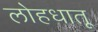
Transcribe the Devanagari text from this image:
लोहधातू